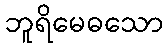
ဘူရိမေဓသော